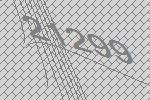
21299